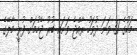
މަހުގެ 31 ވަނަ ދުވަހު ރާއްޖެ ވަށައި ބުރު ޖެހުމަށް ފުރީ މާލޭގެ